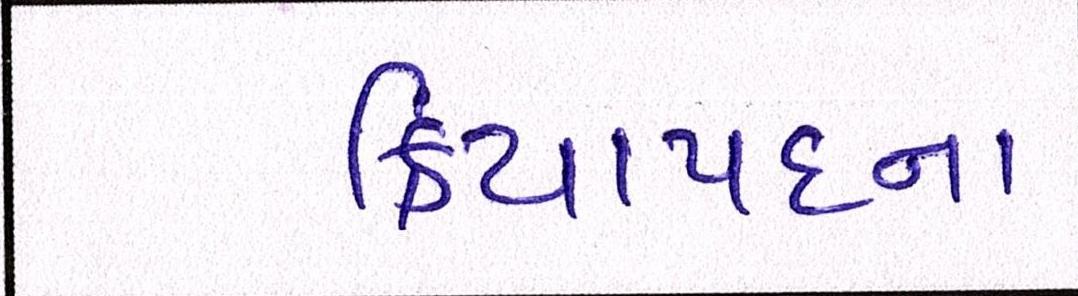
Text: ક્રિયાપદના